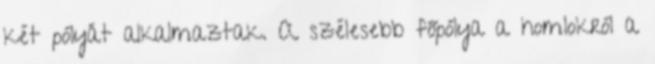
két pólyát alkalmaztak. A szélesebb főpólya a homlokról a